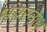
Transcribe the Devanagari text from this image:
भंवरनाथ